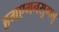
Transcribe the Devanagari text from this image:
हगएगनसुगलु